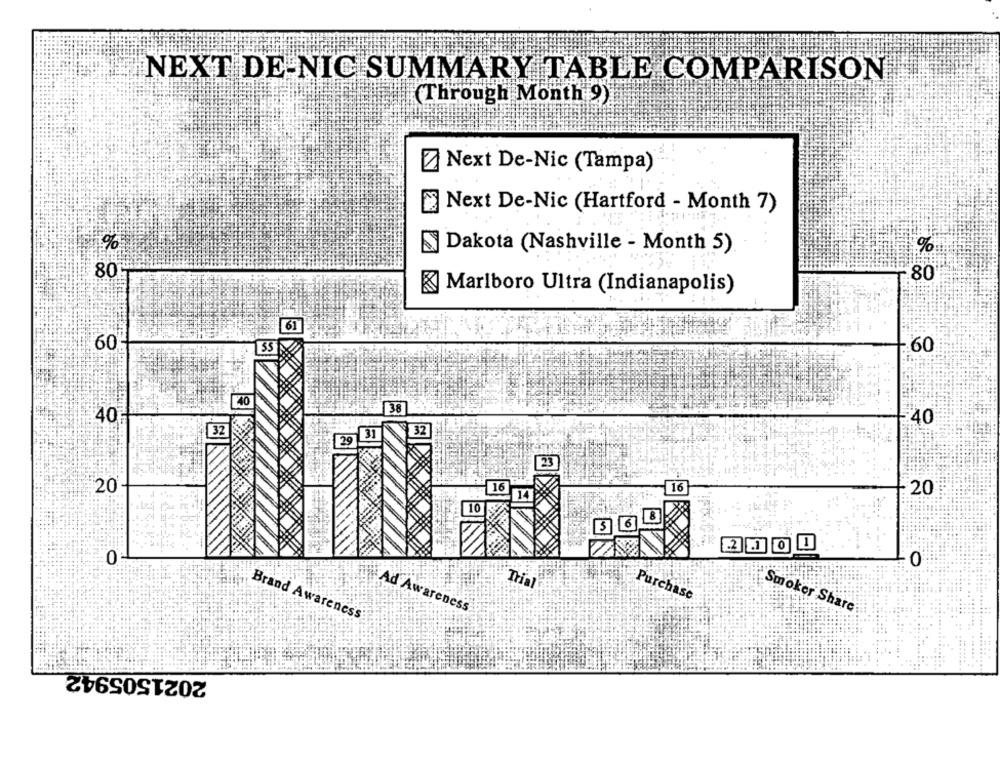
NEXT DE-NIC SUMMARY TABLE COMPARISON
(Through Month 9)
Z Next De-Nic (Tampa)
Next De-Nic (Hartford - Month 7)
Dakota (Nashville - Month 5)
%
80
-80
K Marlboro Ultra (Indianapolis)
61
60
60
40
38
40
40
31
32
29
23
20
16
16
20
10
8
0
0
Trial
Purchase
Ad Awareness.
Smoker Share
Brand Awareness
2021505942